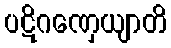
ပဋိဂဏှေယျာတိ